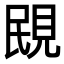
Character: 𧠠